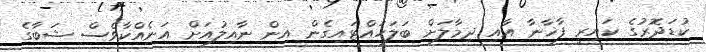
ކުޑަދޮރުގެ ކައިރީ ފާޚާނާ އާއި ދިމާލަށް ބަލަހައްޓައިގެން އިން ނާއިލުއަށް އަނެއްކާވެސް ޝަބާގެ